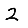
Digit: 2